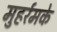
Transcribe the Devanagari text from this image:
मुहर्रमके